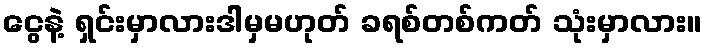
ငွေနဲ့ ရှင်းမှာလားဒါမှမဟုတ် ခရစ်တစ်ကတ် သုံးမှာလား။